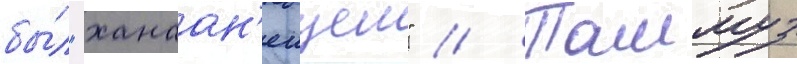
бы́л "ханаан'еицем" // Таммуз